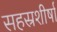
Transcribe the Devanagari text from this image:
सहस्रशीर्षा